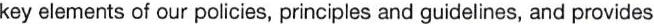
key elements of our policies, principles and guidelines, and provides